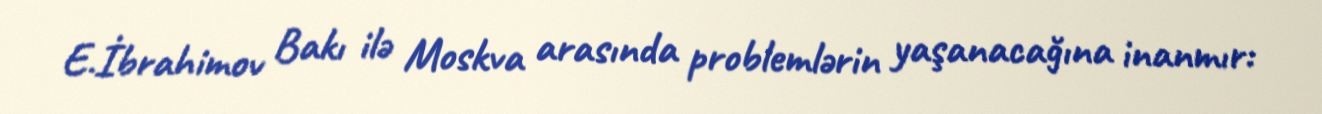
E.İbrahimov Bakı ilə Moskva arasında problemlərin yaşanacağına inanmır: